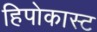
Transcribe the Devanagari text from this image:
हिपोकास्ट